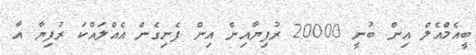
ބީއެމްއެލް އިން ބުނީ 20000 ރުފިޔާއިން އިން ފެށިގެން އެެއްލައްކަ ރުފިޔާ އާ